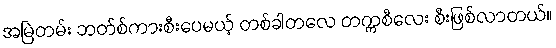
အမြဲတမ်း ဘတ်စ်ကားစီးပေမယ့် တစ်ခါတလေ တက္ကစီလေး စီးဖြစ်လာတယ်။